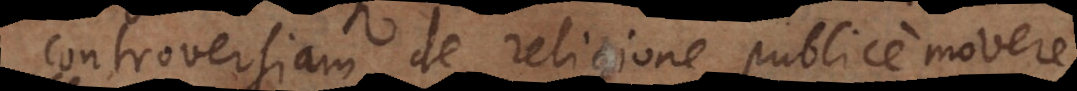
controversiam de religione publice movere,